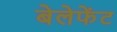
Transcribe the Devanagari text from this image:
बेलेफेंट